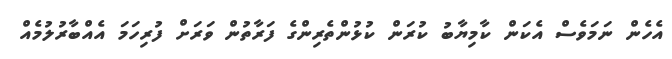
އެހެން ނަމަވެސް އެކަން ކާމިޔާބު ކުރަން ކުޅުންތެރިންގެ ފަރާތުން ވަރަށް ފުރިހަމަ އެއްބާރުލުމެއް